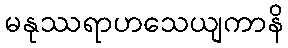
မနုဿရာဟသေယျကာနိ